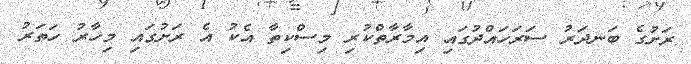
ރަށުގެ ބަނދަރު ސަރަހައްދުގައި އިމާރާތްކުރި މިސްކިތާ އެކު އެ ރަށުގައި މިހާރު ހަތަރު